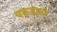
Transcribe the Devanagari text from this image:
पक़डकर